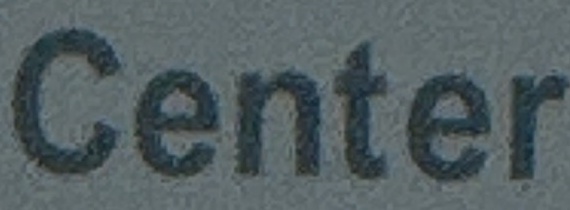
Center